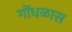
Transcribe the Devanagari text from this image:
गोंधळास